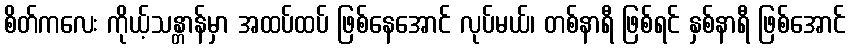
စိတ်ကလေး ကိုယ့်သန္တာန်မှာ အထပ်ထပ် ဖြစ်နေအောင် လုပ်မယ်၊ တစ်နာရီ ဖြစ်ရင် နှစ်နာရီ ဖြစ်အောင်